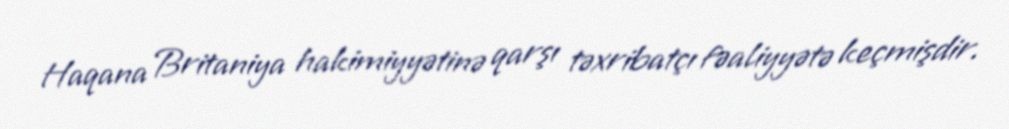
Haqana Britaniya hakimiyyətinə qarşı təxribatçı fəaliyyətə keçmişdir.